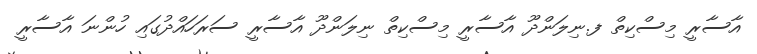
އާސާރީ މިސްކިތް ފ.ނިލަންދޫ އާސާރީ މިސްކިތް ނިލަންދޫ އާސާރީ ސަރަހައްދުގައި ހުންނަ އާސާރީ